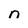
Character: n